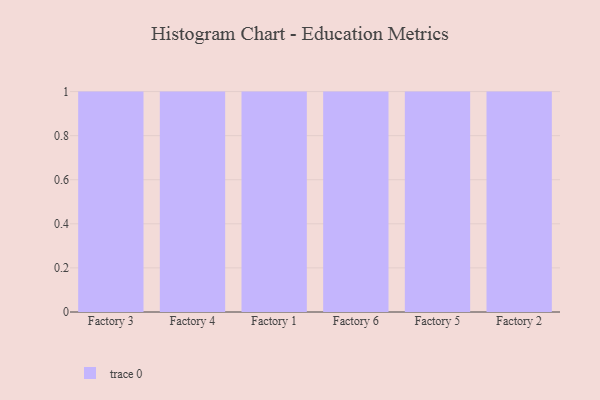
{"axis": {"x": "Factory", "y": "Inventory Turnover"}, "legend": [""], "data": [{"x": "Factory 3", "y": 12, "type": ""}, {"x": "Factory 4", "y": 15, "type": ""}, {"x": "Factory 1", "y": 50, "type": ""}, {"x": "Factory 6", "y": 96, "type": ""}, {"x": "Factory 5", "y": 8, "type": ""}, {"x": "Factory 2", "y": 10, "type": ""}]}